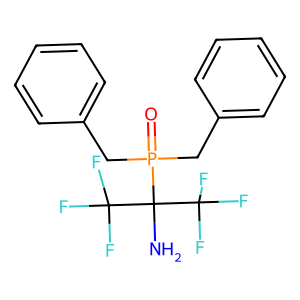
SMILES: NC(C(F)(F)F)(C(F)(F)F)P(=O)(Cc1ccccc1)Cc1ccccc1
Inhibits HIV replication: No